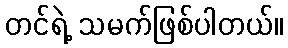
တင်ရဲ့ သမက်ဖြစ်ပါတယ်။